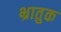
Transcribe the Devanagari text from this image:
भ्रातुक